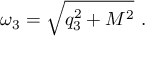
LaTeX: \omega _ { 3 } = \sqrt { q _ { 3 } ^ { 2 } + M ^ { 2 } } \ .